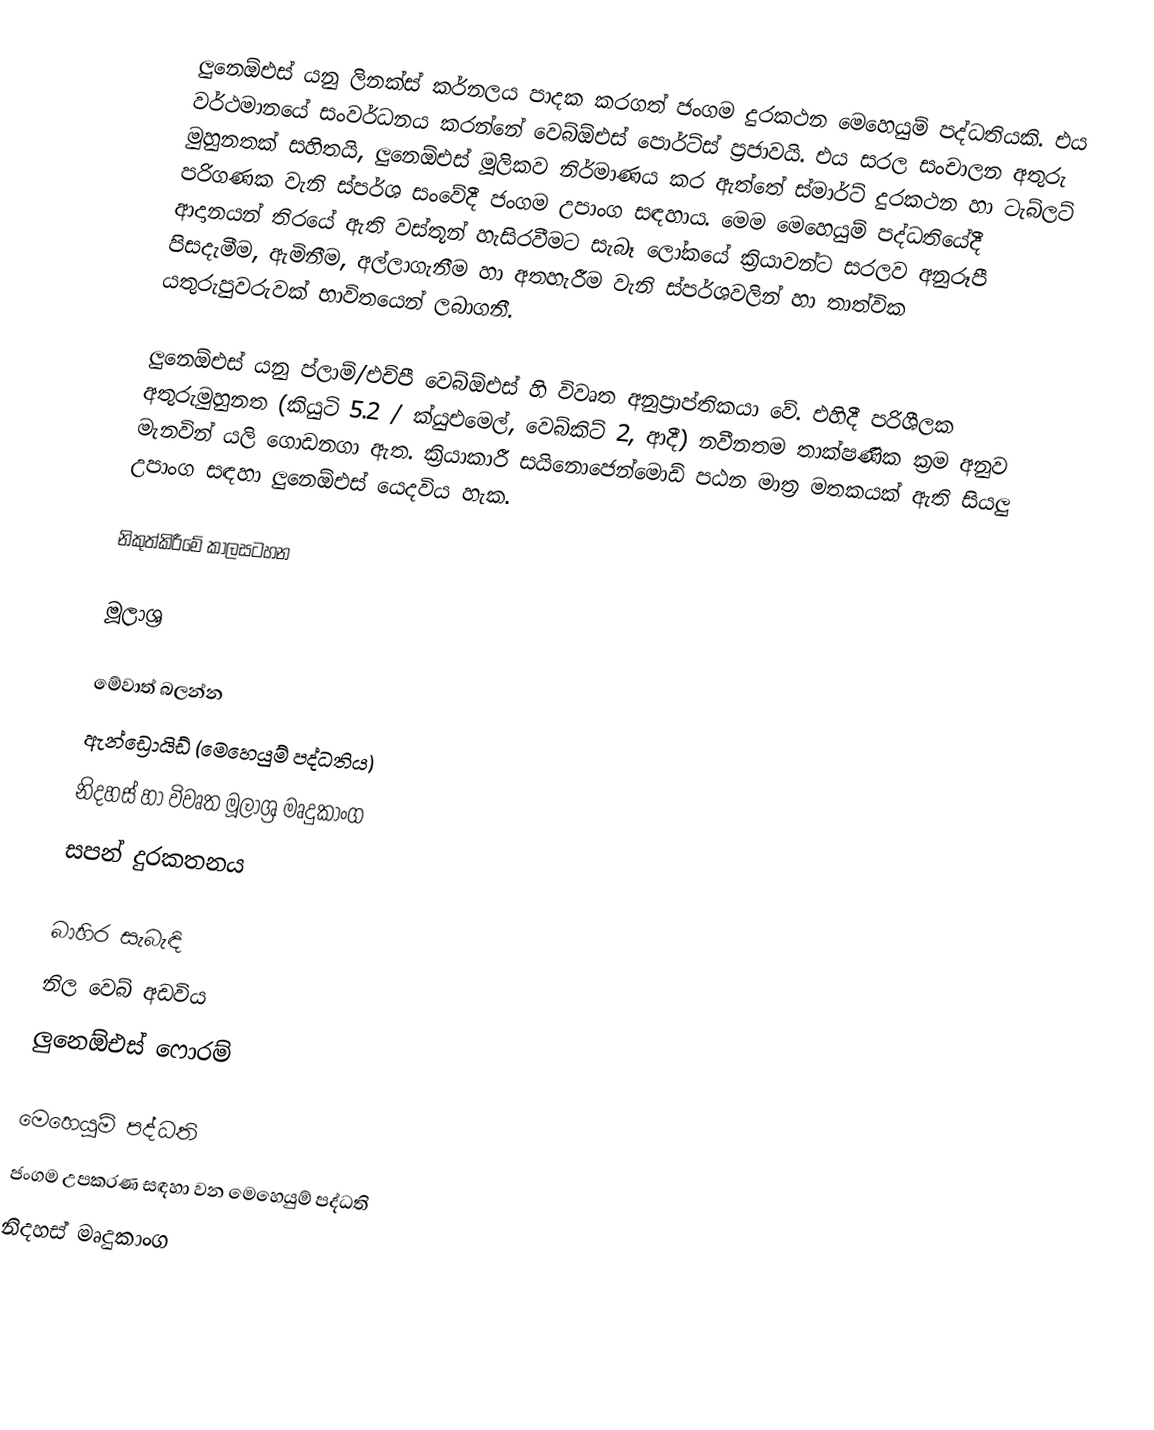
ලුනෙඕඑස් යනු ලිනක්ස් කර්නලය පාදක කරගත් ජංගම දුරකථන මෙහෙයුම් පද්ධතියකි. එය වර්ථමානයේ සංවර්ධනය කරන්නේ වෙබ්ඕඑස් පොර්ට්ස් ප්‍රජාවයි. එය සරල සංචාලන අතුරු මුහුනතක් සහිතයි, ලුනෙඕඑස් මූලිකව නිර්මාණය කර ඇත්තේ ස්මාර්ට් දුරකථන හා ටැබ්ලට් පරිගණක වැනි ස්පර්ශ සංවේදී ජංගම උපාංග සඳහාය. මෙම මෙහෙයුම් පද්ධතියේදී ආදානයන් තිරයේ ඇති වස්තූන් හැසිරවීමට සැබෑ ලෝකයේ ක්‍රියාවන්ට සරලව අනුරූපී පිසදැමීම, ඇමිනීම, අල්ලාගැනීම හා අතහැරීම වැනි ස්පර්ශවලින් හා තාත්වික යතුරුපුවරුවක් භාවිතයෙන් ලබාගනී.

ලුනෙඕඑස් යනු ප්ලාම්/එච්පී වෙබ්ඕඑස් හි විවෘත අනුප්‍රාප්තිකයා වේ. එහිදී පරිශීලක අතුරුමුහුනත (කියුටි 5.2 / ක්යුඑමෙල්, වෙබ්කිට් 2, ආදී) නවීනතම තාක්ෂණික ක්‍රම අනුව මැනවින් යලි ගොඩනගා ඇත. ක්‍රියාකාරී සයිනොජෙන්මොඩ් පඨන මාත්‍ර මතකයක් ඇති සියලු උපාංග සඳහා ලුනෙඕඑස් යෙදවිය හැක.

නිකුත්කිරීමේ කාලසටහන

මූලාශ්‍ර

මේවාත් බලන්න
ඇන්ඩ්‍රොයිඩ් (මෙහෙයුම් පද්ධතිය‍)
නිදහස් හා විවෘත මූලාශ්‍ර මෘදුකාංග
සපන් දුරකතනය

බාහිර සැබැඳි
 නිල වෙබ් අඩවිය
 ලුනෙඕඑස් ෆොරම්

මෙහෙයුම් පද්ධති
ජංගම උපකරණ සඳහා වන මෙහෙයුම් පද්ධති
නිදහස් මෘදුකාංග